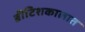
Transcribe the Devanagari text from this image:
ब्रीटिशकालात